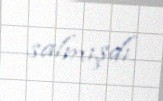
salmışdı.